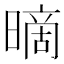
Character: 𰖪